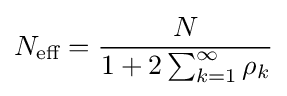
N_{\text{eff}}={\frac {N}{1+2\sum _{k=1}^{\infty }\rho _{k}}}